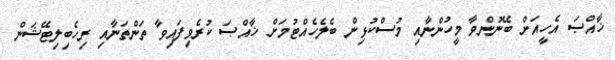
ޚާއްޞަ އެހީއަށް ބޭނުންވާ މީހުންނާއި މުސްކުޅިން ބެލެހެއްޓުމަށް ޚާއްޞަ ކުރެވިފައިވާ ތަންތަނާއި ރިހެބިލިޓޭޝަން